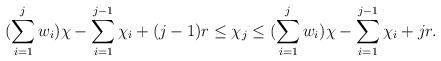
LaTeX: \begin{align*}(\sum\limits_{i =1}^{j} w_i) \chi - \sum\limits_{i=1}^{j-1} \chi_i +(j-1) r \leq \chi_j \leq (\sum\limits_{i =1}^{j} w_i) \chi - \sum\limits_{i=1}^{j-1} \chi_i + j r.\end{align*}